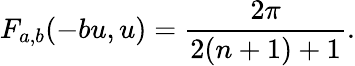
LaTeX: F_{a,b}(-bu,u)=\frac{2\pi}{2(n+1)+1}.